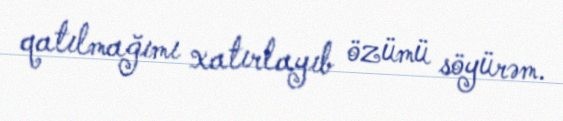
qatılmağımı xatırlayıb özümü söyürəm.